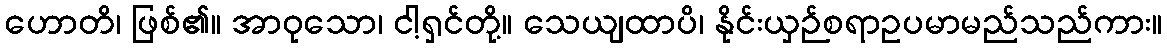
ဟောတိ၊ ဖြစ်၏။ အာဝုသော၊ ငါ့ရှင်တို့။ သေယျထာပိ၊ နိုင်းယှဉ်စရာဥပမာမည်သည်ကား။